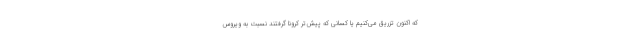
که اکنون تزریق می‌کنیم یا کسانی که پیش‌تر کرونا گرفتند نسبت به ویروس